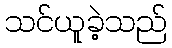
သင်ယူခဲ့သည်